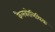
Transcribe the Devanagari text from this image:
कैलकोलिथिक